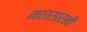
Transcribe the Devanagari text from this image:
मठासारखी